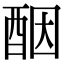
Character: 𫑵